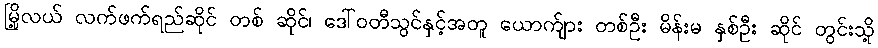
မြို့လယ် လက်ဖက်ရည်ဆိုင် တစ် ဆိုင်၊ ဒေါ်ဝတီသွင်နှင့်အတူ ယောက်ျား တစ်ဦး မိန်းမ နှစ်ဦး ဆိုင် တွင်းသို့